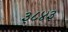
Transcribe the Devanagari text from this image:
३८४३